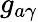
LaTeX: g_{a\gamma}